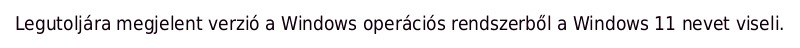
Legutoljára megjelent verzió a Windows operációs rendszerből a Windows 11 nevet viseli.